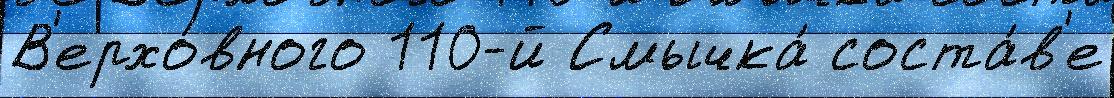
В'ерхо́вного 110-й Смычка́ соста́в'е